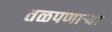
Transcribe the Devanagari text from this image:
तळपणाऱ्या